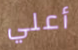
أعلي